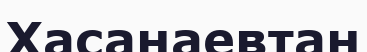
Хасанаевтан